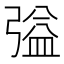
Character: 𭛃